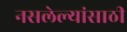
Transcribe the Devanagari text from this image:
नसलेल्यांसाठी